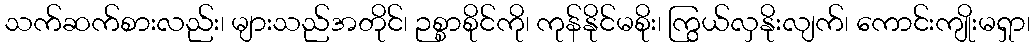
သက်ဆက်စားလည်း၊ များသည်အတိုင်၊ ဉစ္စာစိုင်ကို၊ ကုန်နိုင်မစိုး၊ ကြွယ်လှနိုးလျက်၊ ကောင်းကျိုးမရှာ၊